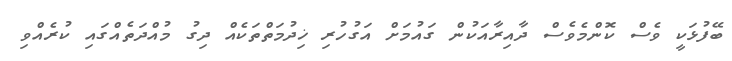
ބޭފުޅަކީ ވެސް ކޮންމެވެސް ދާއިރާއަކުން ގައުމަށް އަގުހުރި ޚިދުމަތްތަކެއް ދިގު މުއްދަތެއްގައި ކުރެއްވި